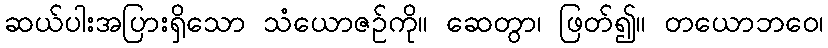
ဆယ်ပါးအပြားရှိသော သံယောဇဉ်ကို။ ဆေတွာ၊ ဖြတ်၍။ တယောဘဝေ၊